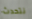
نتحدث